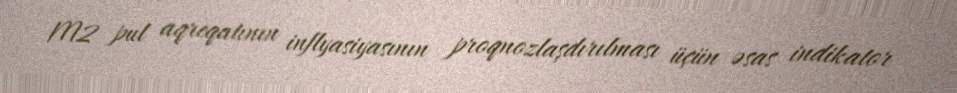
M2 pul aqreqatının inflyasiyasının proqnozlaşdırılması üçün əsas indikator